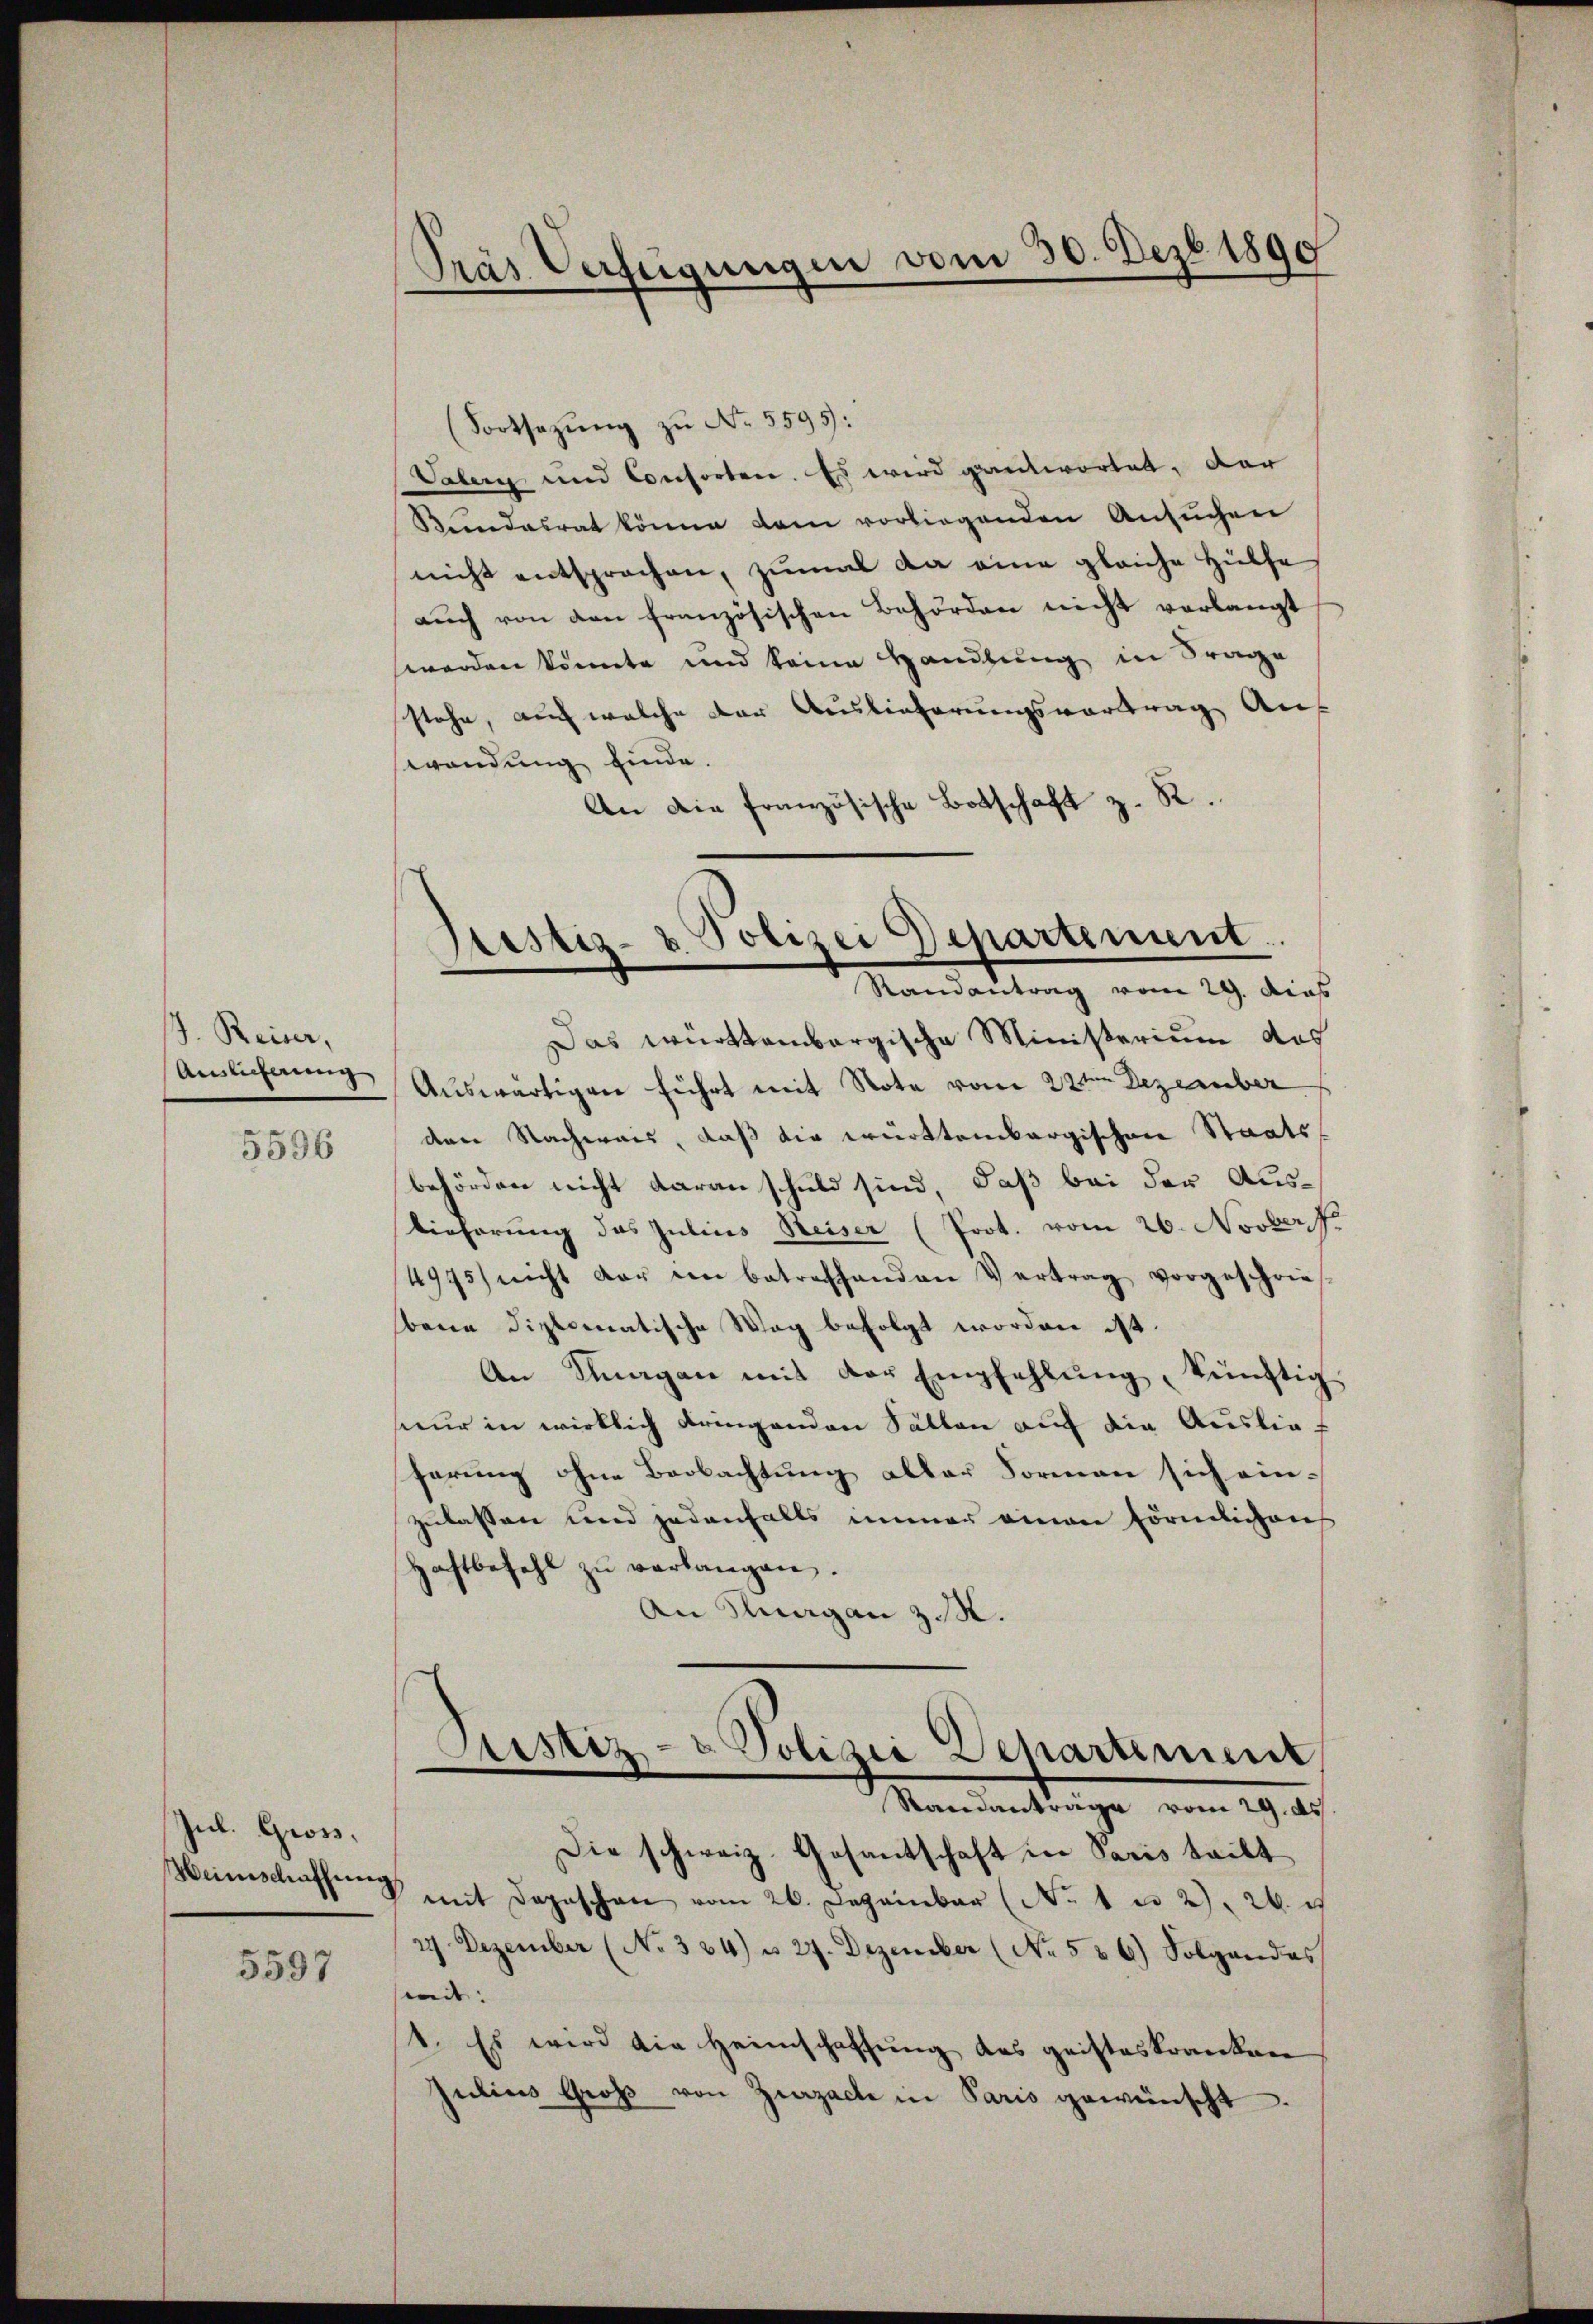
J. Reiser,
Auslieferung

5596

Jul. Gross,

5597

Pras Verfügungen vom 30. Dez. 1890

(Fortsezung zu No. 5595:
Vaberg und Consorten. Es wird geantwortet, der
Kundesrat könne dem vorliegenden Ansuchen
nicht entsprochen, zumal da eine gleiche Hülfe
aŭch von den französischen Behörden nicht verlangt
worden könnte und keine Handlung in Frage
stehe, auch welche der Auslieferungsvortrag auf
wendung finde.
An die französische Botschaft z. R.
Das württembergische Ministerium das
Auswärtigen führt mit Note vom 22te͇n Dezember
den Nachweis, daß die württembergischen Staatsbehörden nicht daran schuld sind, daß bei der Auslieferung des Julius Beiser (Prot. vom 26. Novberf
4975) nicht dar im betreffenden Vertrag vorgeschries-
bene diplomatische Weg befolgt worden ist.
An Klagen mit der Empfehlŭng, künftig
nur in wirklich dringenden Fällen auf die Auslief
ferung ohne Beobachtung aller Formen sich einzulassen und jedenfalls immer einen förmlichens
Haftbefehl zu verlangen.
An Knagan z. B.
Sistiz- & Polizei Departiment
Standanträge vom 29. ds.
Die schweiz. Gesantschaft in Paris teilt
Meinschaffung mit Depeschen vom 26. Dezember (No. 1 u 2. 26. u
27 Dezember (No 334) u. 27. Dezember (No. 586) Folgendes
mit. |
1. Es wird die Heimschaffung des geisteskranken
Julius Groß von Zurzache in Paris gewünscht

Sistiz- & Polizei Departenun
e
Randantrag vom 29. Dies